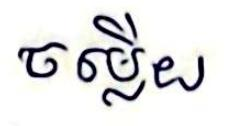
ចម្លើយ